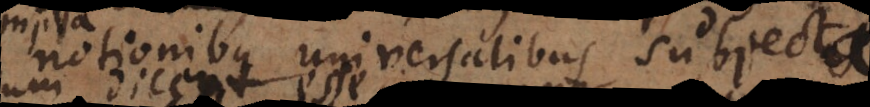
notionibus universalibus subjecta.